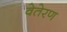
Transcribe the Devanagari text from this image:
वेतेरण